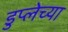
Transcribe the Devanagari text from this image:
डुप्लेच्या